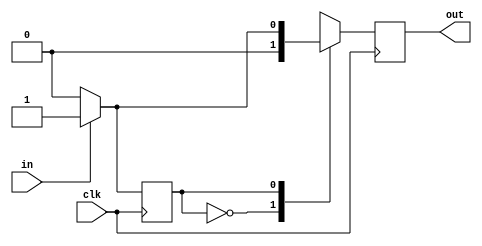
module seq_11 (
    in,clk,out
);
    input in,clk;
    output out;
    reg state;
    reg out;

    initial begin
    state=0;
    end

    always @(negedge clk) begin
        case (state)
            0: if(in==1) 
                begin
                state=1; out=0;
                end
                else 
                begin
                state=0; out=0;
                end
       
            1:  
            begin if (in==1) 
                begin
                state=1; out=1;
                end
                else 
                begin
                state=0; out=0;
                end 
            end
        endcase
    end

endmodule